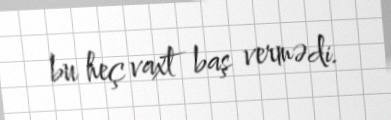
bu heç vaxt baş vermədi.